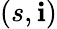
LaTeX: (s,\mathbf{i})